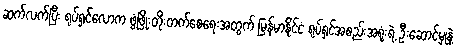
ဆက်လက်ပြီး ရုပ်ရှင်လောက ဖွံ့ဖြိုးတိုးတက်စေရေးအတွက် မြန်မာနိုင်ငံ ရုပ်ရှင်အစည်းအရုံးရဲ့ ဦးဆောင်မှုနဲ့